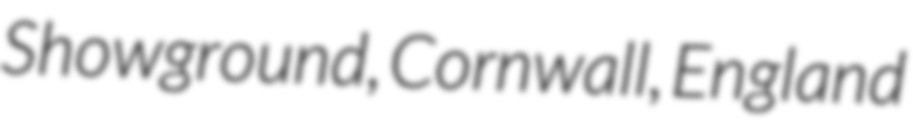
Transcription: Showground, Cornwall, England